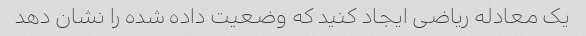
یک معادله ریاضی ایجاد کنید که وضعیت داده شده را نشان دهد